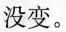
没变。